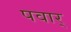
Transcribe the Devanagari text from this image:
पवार्